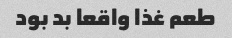
طعم غذا واقعا بد بود